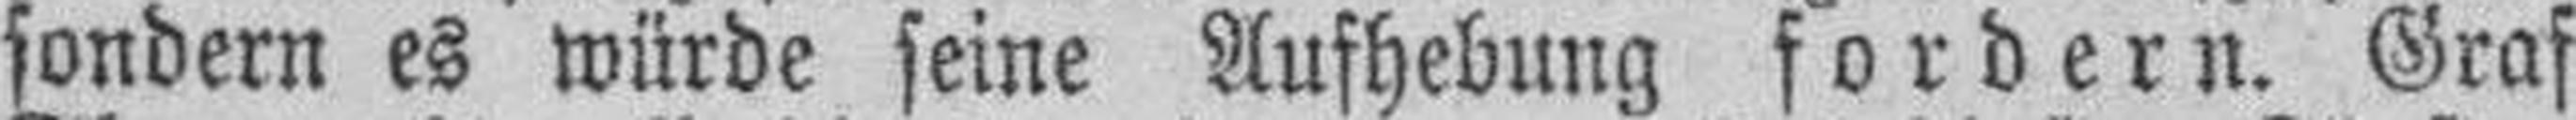
sondern es würde seine Aufhebung fordern. Graf